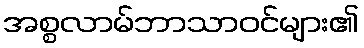
အစ္စလာမ်ဘာသာဝင်များ၏